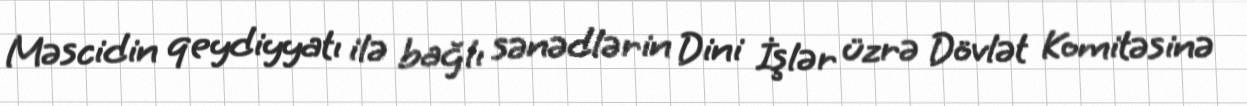
Məscidin qeydiyyatı ilə bağlı sənədlərin Dini İşlər üzrə Dövlət Komitəsinə